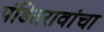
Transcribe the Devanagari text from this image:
पंडितरावांचा